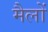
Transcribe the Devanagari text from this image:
मैलों